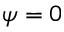
\psi = 0